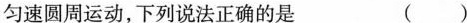
匀速圆周运动，下列说法正确的是 ( )